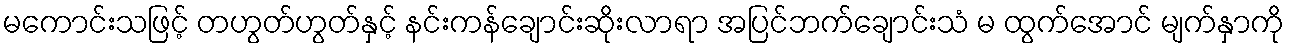
မကောင်းသဖြင့် တဟွတ်ဟွတ်နှင့် နင်းကန်ချောင်းဆိုးလာရာ အပြင်ဘက်ချောင်းသံ မ ထွက်အောင် မျက်နှာကို